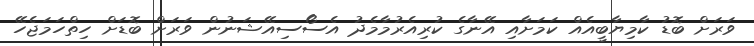
ވަރަށް ބޮޑު ކާމިޔާބީއެއް ކަމަށާއި އޭނާގެ ކުރިއެރުމާމެދު އެސޯސިއޭޝަނުން ވަރަށް ބޮޑަށް ހިތްހަމަޖެހޭ